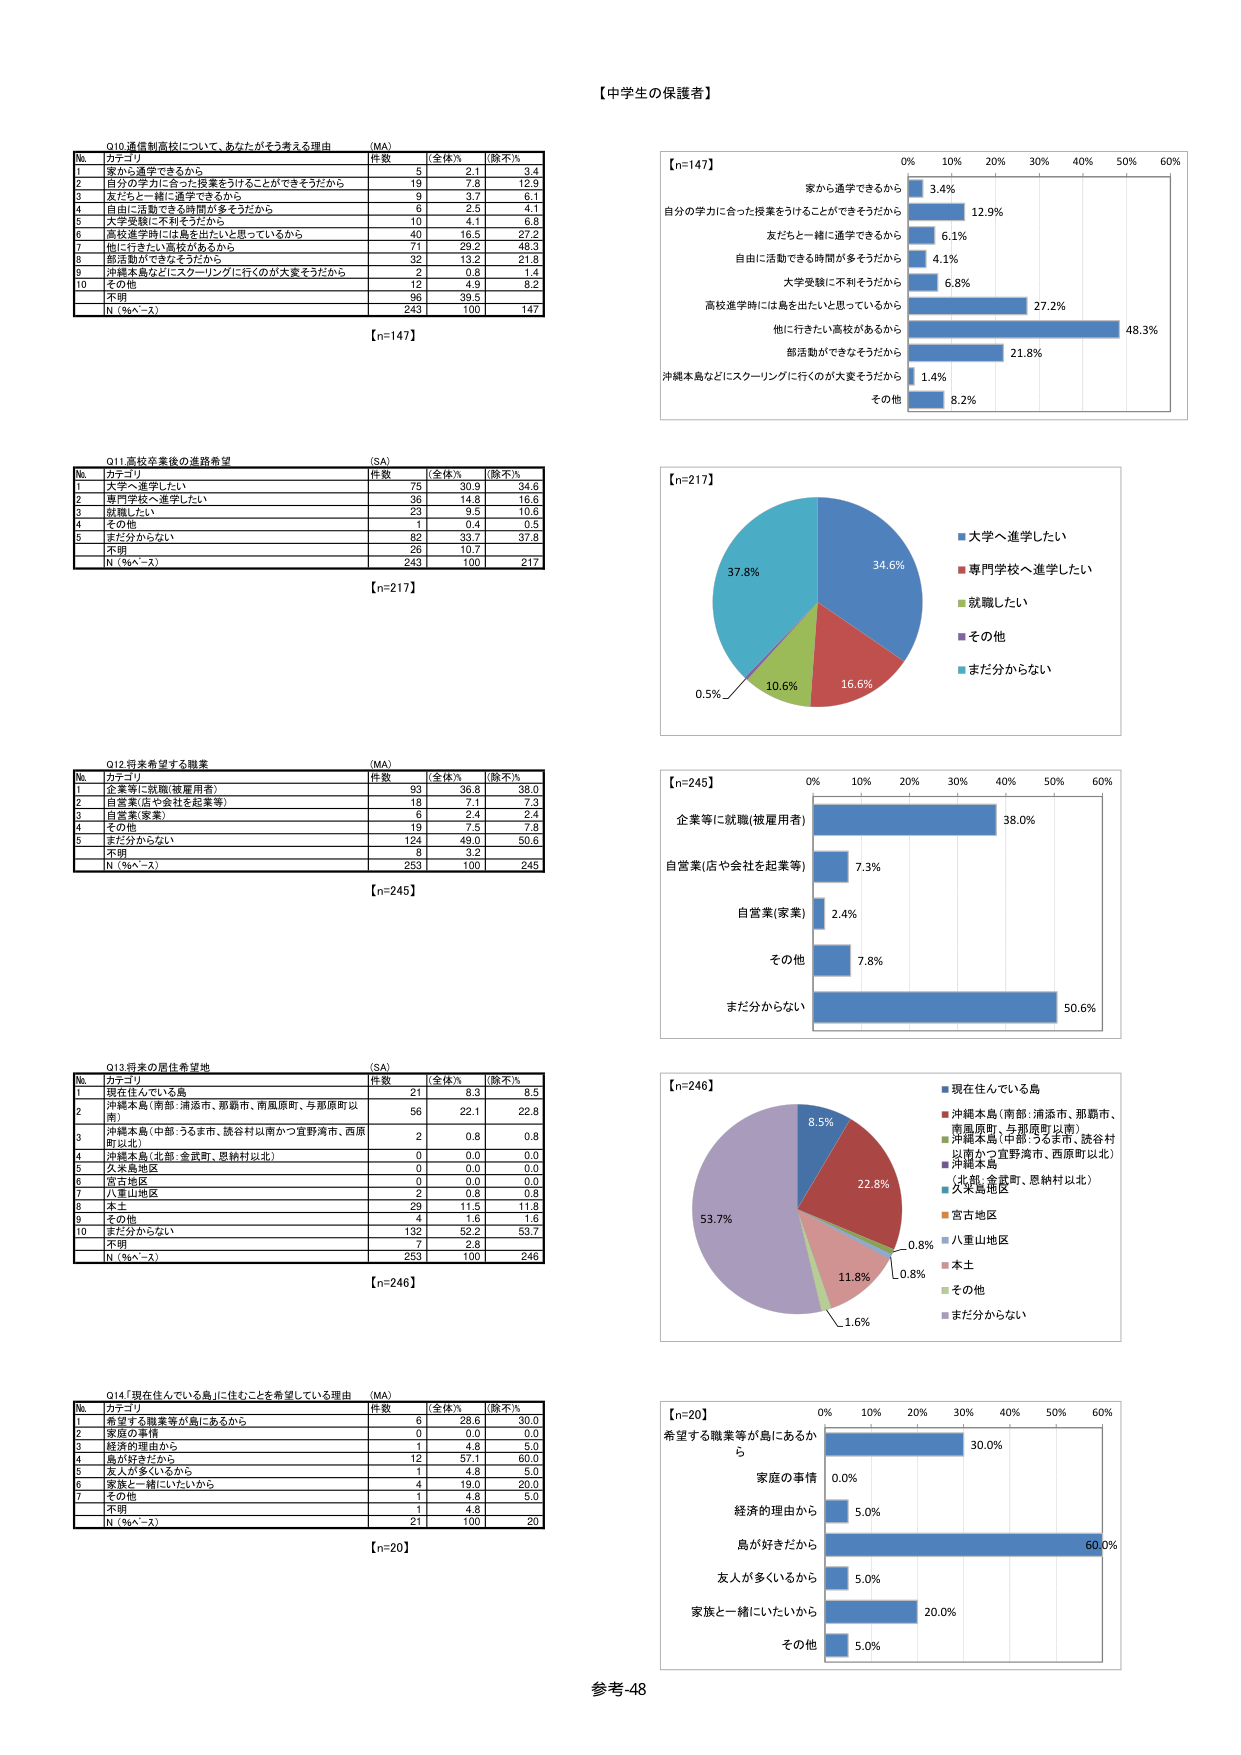
【中学生の保護者】

Q10 通信制高校について、あなたがそう考える理由 （MA）
No. カテゴリ 件数 （全体%） （除不%）
1 家から通学できるから 5 2.1 3.4
2 自分の学力に合った授業をうけることができるから 19 7.8 12.9
3 友だちと一緒に通学できるから 9 3.7 6.1
4 自由に活動できる時間が多そうだから 8 2.5 4.1
5 大学受験に不利そうだから 10 4.1 6.8
6 高校進学時には島を出たいと思っているから 40 16.5 27.2
7 他に行きたい高校があるから 71 29.2 48.3
8 部活動ができなそうだから 32 13.2 21.8
9 沖縄本島などにスクーリングに行くのが大変そうだから 2 0.8 1.4
10 その他 12 4.9 8.2
不明 96 39.5
N（％ベース） 243 100 147
【n=147】

Q11 高校卒業後の進路希望 （SA）
No. カテゴリ 件数 （全体%） （除不%）
1 大学へ進学したい 75 30.9 34.6
2 専門学校へ進学したい 36 14.8 16.6
3 就職したい 23 9.5 10.6
4 その他 1 0.4 0.5
5 まだ分からない 82 33.7 37.8
不明 26 10.7
N（％ベース） 243 100 217
【n=217】

Q12 将来希望する職業 （MA）
No. カテゴリ 件数 （全体%） （除不%）
1 企業等に就職(被雇用者) 93 36.8 38.0
2 自営業(店や会社を起業等) 18 7.1 7.3
3 自営業(家業) 6 2.4 2.4
4 その他 19 7.5 7.8
5 まだ分からない 124 49.0 50.6
不明 8 3.2
N（％ベース） 253 100 245
【n=245】

Q13 将来の居住希望地 （SA）
No. カテゴリ 件数 （全体%） （除不%）
1 現在住んでいる島 21 8.3 8.5
2 沖縄本島(南部:浦添市、那覇市、南風原町、与那原町以南) 56 22.1 22.8
3 沖縄本島(中部:うるま市、読谷村以南かつ宜野湾市、西原町以北) 2 0.8 0.8
4 沖縄本島(北部:金武町、恩納村以北) 0 0.0 0.0
5 久米島地区 0 0.0 0.0
6 宮古地区 0 0.0 0.0
7 八重山地区 2 0.8 0.8
8 本土 29 11.5 11.8
9 その他 4 1.6 1.6
10 まだ分からない 132 52.2 53.7
不明 7 2.8
N（％ベース） 253 100 246
【n=246】

Q14 「現在住んでいる島」に住むことを希望している理由 （MA）
No. カテゴリ 件数 （全体%） （除不%）
1 希望する職業等が島にあるから 6 28.6 30.0
2 家庭の事情 0 0.0 0.0
3 経済的理由から 1 4.8 5.0
4 島が好きだから 12 57.1 60.0
5 友人が多くいるから 1 4.8 5.0
6 家族と一緒にいたいから 4 19.0 20.0
7 その他 1 4.8 5.0
不明 1 4.8
N（％ベース） 21 100 20
【n=20】

【n=147】
家から通学できるから 3.4%
自分の学力に合った授業をうけることができるから 12.9%
友だちと一緒に通学できるから 6.1%
自由に活動できる時間が多そうだから 4.1%
大学受験に不利そうだから 6.8%
高校進学時には島を出たいと思っているから 27.2%
他に行きたい高校があるから 48.3%
部活動ができなそうだから 21.8%
沖縄本島などにスクーリングに行くのが大変そうだから 1.4%
その他 8.2%

【n=217】
大学へ進学したい 34.6%
専門学校へ進学したい 16.6%
就職したい 10.6%
その他 0.5%
まだ分からない 37.8%

【n=245】
企業等に就職(被雇用者) 38.0%
自営業(店や会社を起業等) 7.3%
自営業(家業) 2.4%
その他 7.8%
まだ分からない 50.6%

【n=246】
現在住んでいる島 8.5%
沖縄本島(南部:浦添市、那覇市、南風原町、与那原町以南) 22.8%
沖縄本島(中部:うるま市、読谷村以南かつ宜野湾市、西原町以北) 0.8%
沖縄本島(北部:金武町、恩納村以北) 0.8%
久米島地区 1.6%
宮古地区 0.0%
八重山地区 0.0%
本土 11.8%
その他 0.0%
まだ分からない 53.7%

【n=20】
希望する職業等が島にあるから 30.0%
家庭の事情 0.0%
経済的理由から 5.0%
島が好きだから 60.0%
友人が多くいるから 5.0%
家族と一緒にいたいから 20.0%
その他 5.0%

参考-48